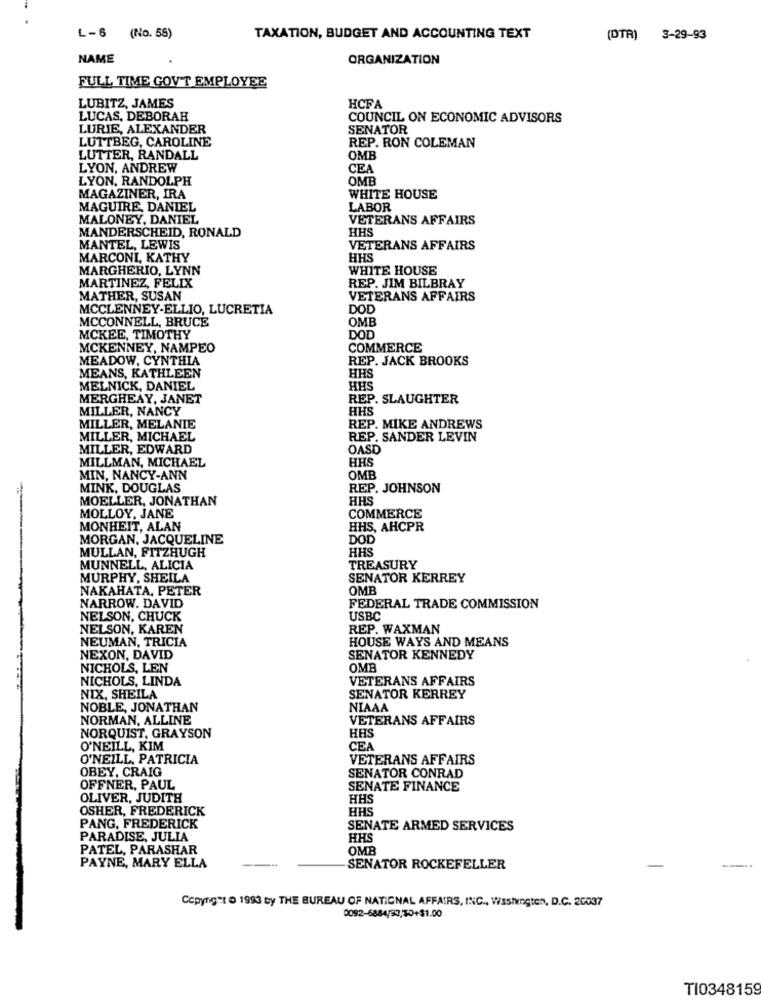
L-6 (No. 55)
TAXATION, BUDGET AND ACCOUNTING TEXT
(DTR) 3-29-93
NAME
ORGANIZATION
FULL TIME GOV'T EMPLOYEE
LUBITZ, JAMES
HCFA
LUCAS, DEBORAH
COUNCIL ON ECONOMIC ADVISORS
LURIE, ALEXANDER
SENATOR
LUTTBEG, CAROLINE
REP. RON COLEMAN
LUTTER, RANDALL
OMB
LYON, ANDREW
CEA
LYON, RANDOLPH
OMB
MAGAZINER, IRA
WHITE HOUSE
MAGUIRE, DANIEL
LABOR
MALONEY, DANIEL
VETERANS AFFAIRS
HHS
MANDERSCHEID, RONALD
MANTEL, LEWIS
VETERANS AFFAIRS
MARCONI, KATHY
HHS
MARGHERIO, LYNN
WHITE HOUSE
MARTINEZ, FELIX
REP. JIM BILBRAY
MATHER, SUSAN
VETERANS AFFAIRS
MCCLENNEY-ELLIO, LUCRETIA
DOD
MCCONNELL, BRUCE
OMB
MCKEE, TIMOTHY
DOD
MCKENNEY, NAMPEO
COMMERCE
MEADOW, CYNTHIA
REP. JACK BROOKS
MEANS, KATHLEEN
HHS
MELNICK, DANIEL
HHS
MERGHEAY, JANET
REP. SLAUGHTER
MILLER, NANCY
HHS
MILLER, MELANIE
REP. MIKE ANDREWS
MILLER, MICHAEL
REP. SANDER LEVIN
MILLER, EDWARD
OASD
MILLMAN, MICHAEL
HHS
MIN, NANCY-ANN
OMB
MINK, DOUGLAS
REP. JOHNSON
MOELLER, JONATHAN
HHS
MOLLOY, JANE
COMMERCE
MONHEIT, ALAN
HHS, AHCPR
MORGAN, JACQUELINE
DOD
MULLAN, FITZHUGH
HHS
MUNNELL, ALICIA
TREASURY
MURPHY, SHEILA
SENATOR KERREY
NAKAHATA, PETER
OMB
NARROW. DAVID
FEDERAL TRADE COMMISSION
NELSON, CHUCK
USBC
NELSON, KAREN
REP. WAXMAN
NEUMAN, TRICIA
HOUSE WAYS AND MEANS
NEXON, DAVID
SENATOR KENNEDY
NICHOLS, LEN
OMB
NICHOLS, LINDA
VETERANS AFFAIRS
NIX, SHEILA
SENATOR KERREY
NOBLE, JONATHAN
NIAAA
NORMAN, ALLINE
VETERANS AFFAIRS
HHS
NORQUIST, GRAYSON
O'NEILL, KIM
CEA
O'NEILL, PATRICIA
VETERANS AFFAIRS
OBEY, CRAIG
SENATOR CONRAD
OFFNER, PAUL
SENATE FINANCE
OLIVER, JUDITH
HHS
OSHER, FREDERICK
HHS
PANG, FREDERICK
SENATE ARMED SERVICES
PARADISE, JULIA
HHS
PATEL, PARASHAR
OMB
PAYNE, MARY ELLA
SENATOR ROCKEFELLER
Copyright o 1993 by THE BUREAU OF NATIONAL AFFAIRS, INC ., WasIngton, D.C. 20037
0092-6884/83,70+$1.00
TI0348159